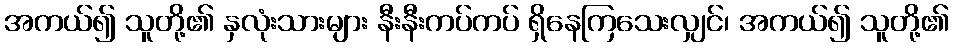
အကယ်၍ သူတို့၏ နှလုံးသားများ နီးနီးကပ်ကပ် ရှိနေကြသေးလျှင်၊ အကယ်၍ သူတို့၏